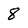
Character: 8